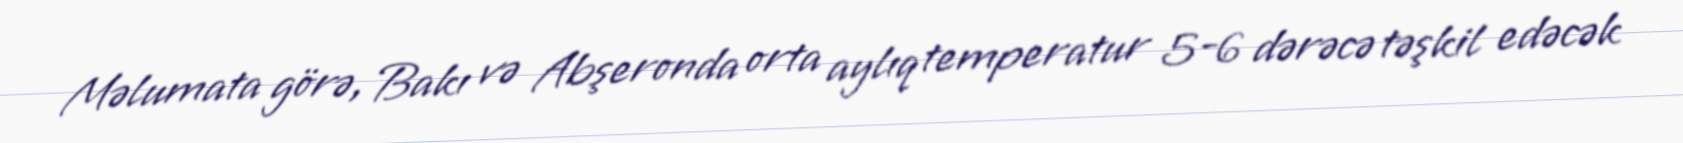
Məlumata görə, Bakı və Abşeronda orta aylıq temperatur 5-6 dərəcə təşkil edəcək